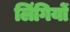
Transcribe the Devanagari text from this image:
लिंगियों